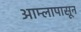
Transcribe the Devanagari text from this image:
आम्लापासून